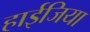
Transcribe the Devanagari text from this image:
हाईजिया